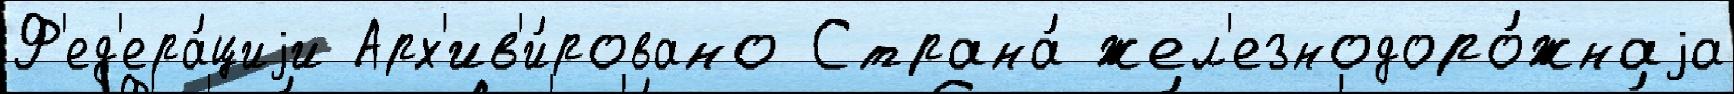
Ф'ед'ера́циjи Арх'ив'и́ровано Страна́ жел'езнодоро́жнаjа